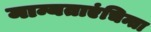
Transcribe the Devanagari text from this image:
मान्यताएंचिन्ता